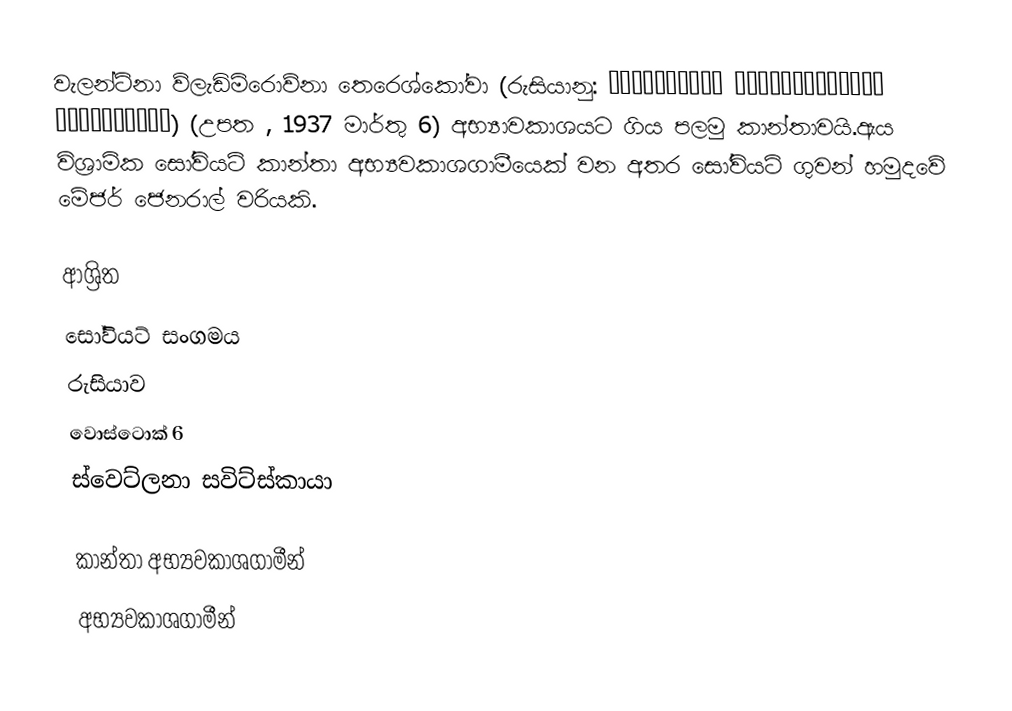
වැලන්ටිනා ව්ලැඩිමිරොව්නා තෙරෙශ්කෝවා (රුසියානු: Валенти́на Влади́мировна Терешко́ва) (උපත , 1937 මාර්තු 6) අභ්‍යාවකාශයට ගිය පලමු කාන්තාවයි.ඇය විශ්‍රාමික සෝවියට්  කාන්තා අභ්‍යවකාශගාමීයෙක් වන අතර සෝවියට් ගුවන් හමුදවේ මේජර් ජෙනරාල් වරියකි.

ආශ්‍රිත
 සෝවියට් සංගමය
 රුසියාව
 වොස්ටොක් 6
 ස්වෙට්ලනා සවිට්ස්කායා

කාන්තා අභ්‍යවකාශගාමීන්
අභ්‍යවකාශගාමීන්